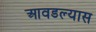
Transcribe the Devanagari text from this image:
आवडल्यास